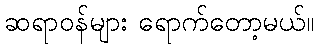
ဆရာဝန်များ ရောက်တော့မယ်။